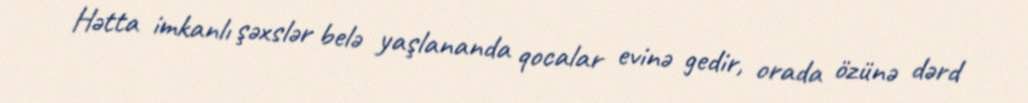
Hətta imkanlı şəxslər belə yaşlananda qocalar evinə gedir, orada özünə dərd